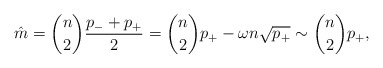
\begin{align*}\hat{m} = {n \choose 2} \frac {p_- + p_+}{2} = {n \choose 2} p_+ - \omega n \sqrt{p_+} \sim {n \choose 2} p_+,\end{align*}